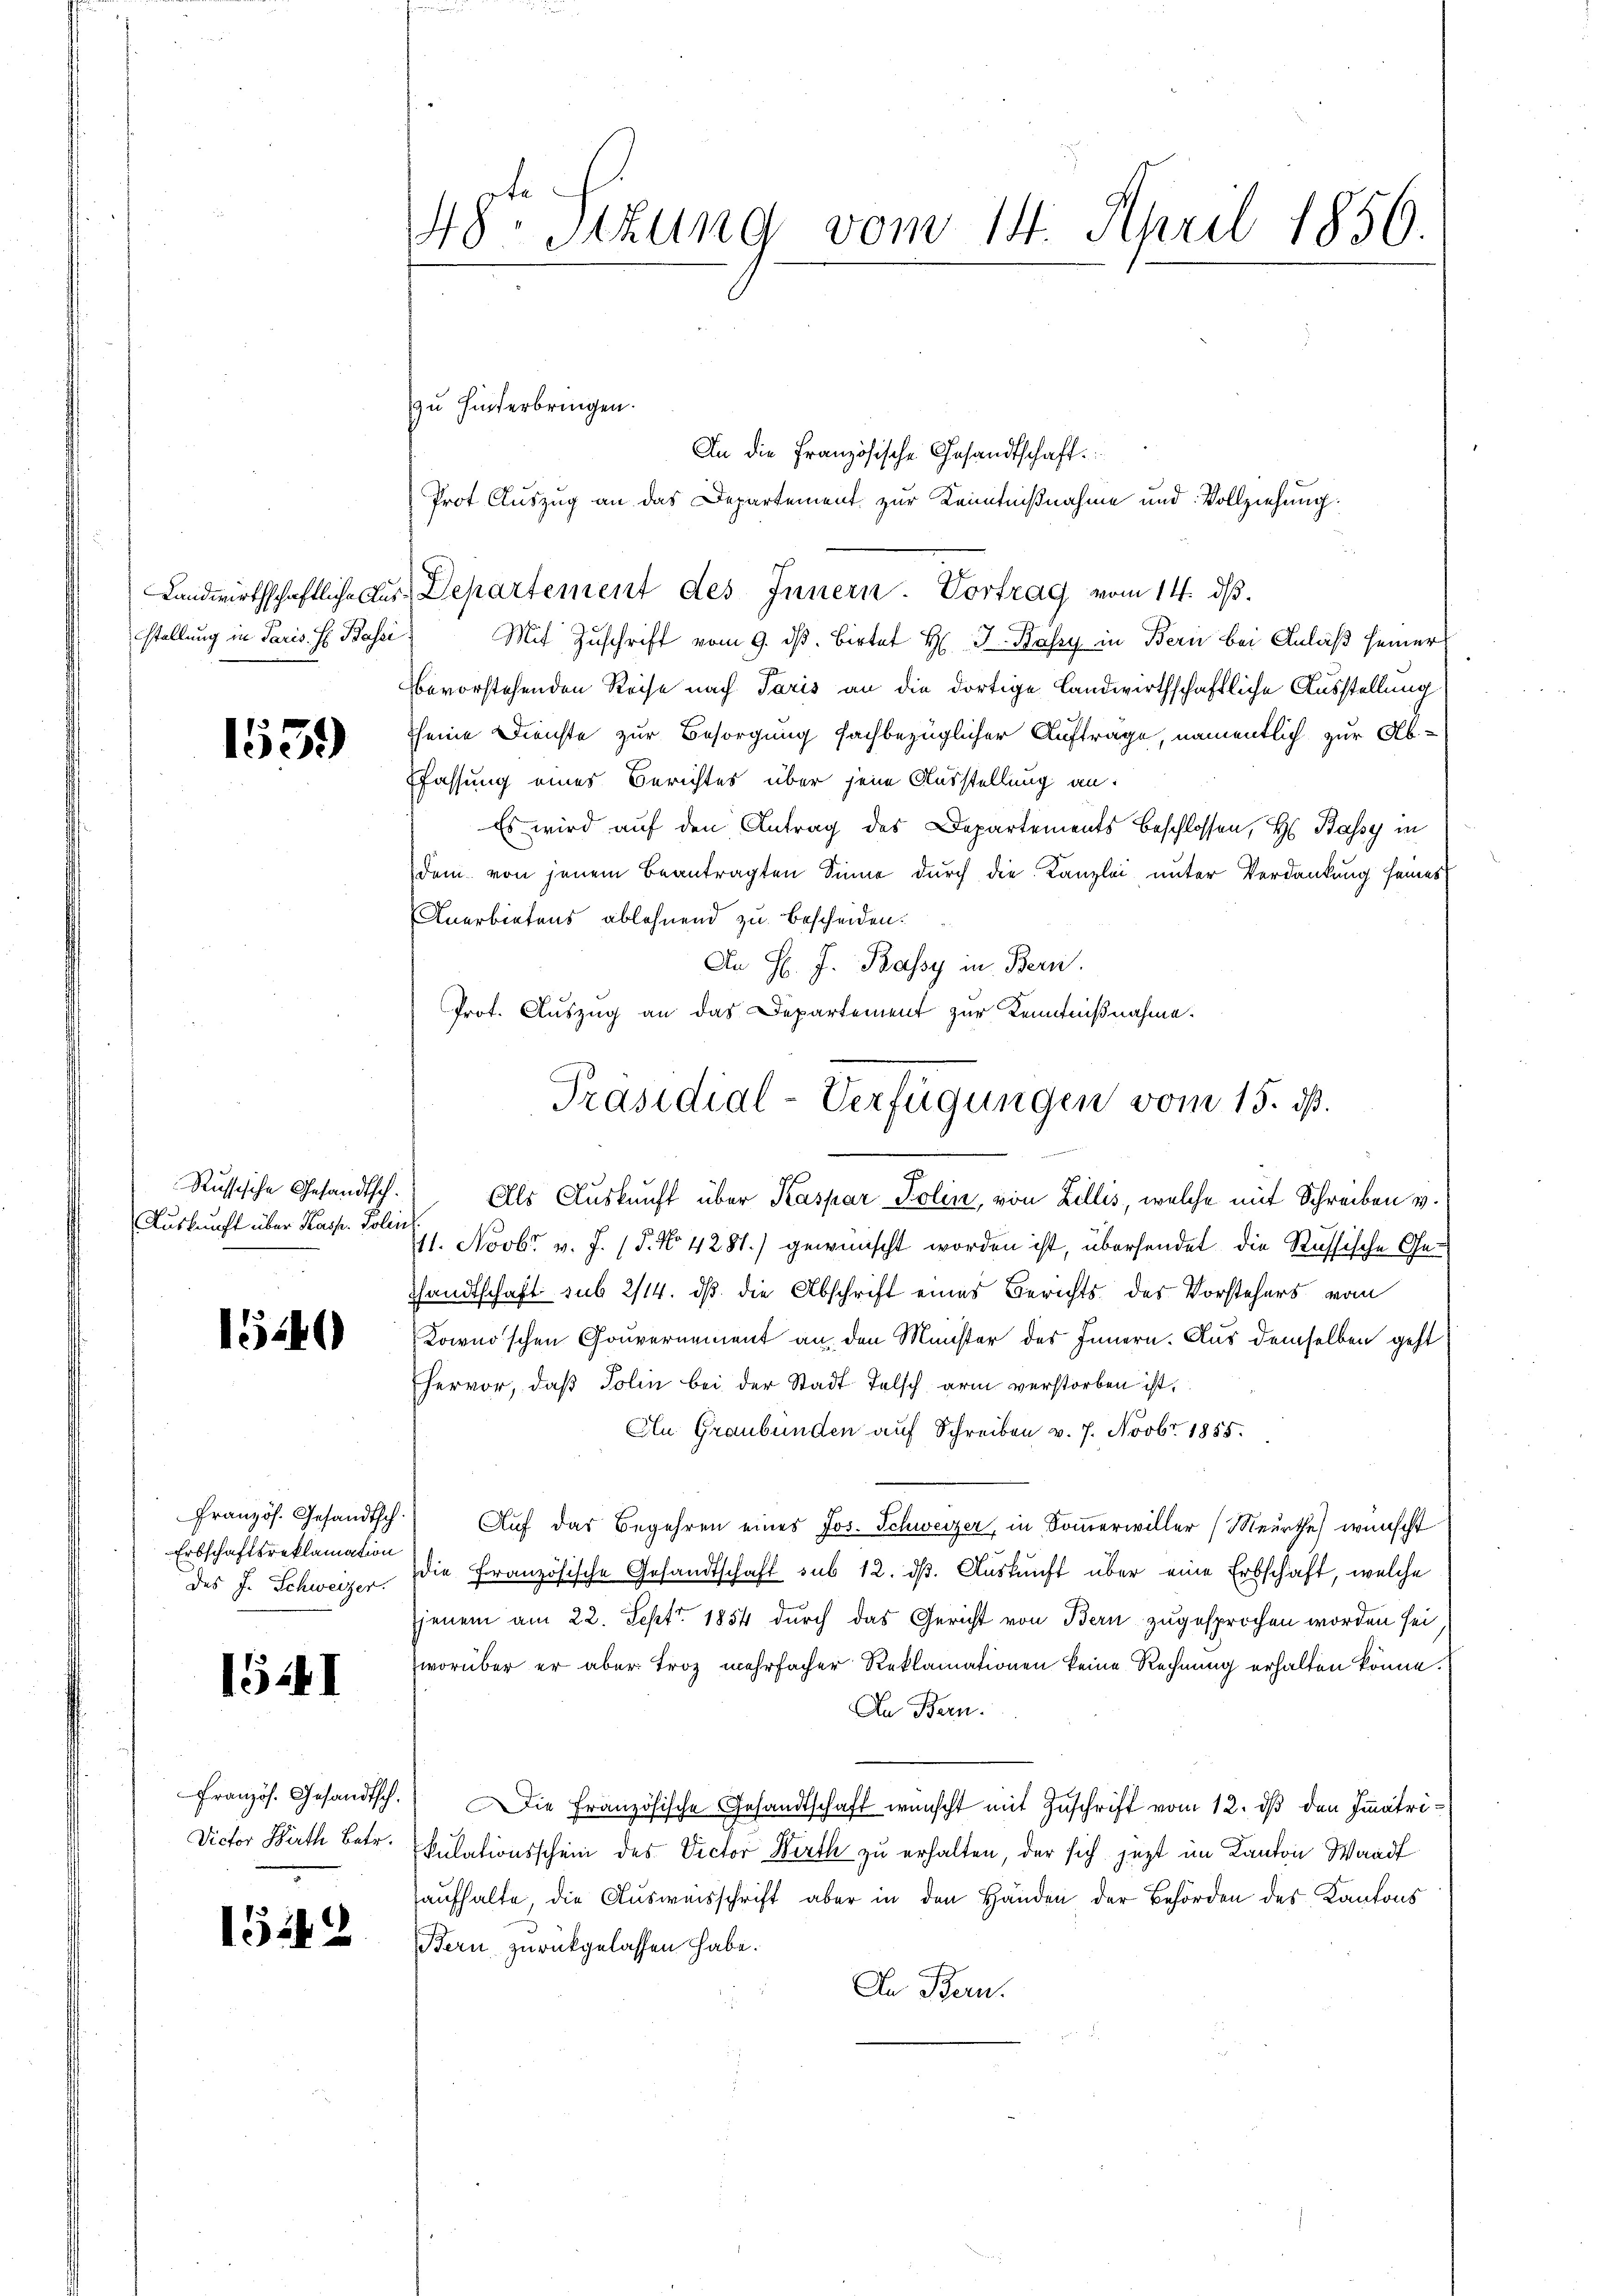
Landwirthschaftliche Ausstellung in Paris. H. Bassi

1559

Russische Gesandtsch.
Auskunft über Kasp. Polin

1549

Französ. Gesandtsch
Erbschaftsreklamation
des J. Schweizer.

1441

Französ. Gesandtsch.
Victor Wirth Betr.

1542

48. Stzung vom 14. April 1856.
.

zu hinterbringen.

An die Französische Gesandtschaft
Prot Auszug an das Departement zur Kenntnißnahme und Vollziehung.
Departement des Innern. Vortrag vom 14. ds.
Mit Zuschrift vom 9. dβ. Birter H. J. Kaszy in Bern bei Anlaß seiner
bevorstehenden Reise nach Paris an die dortige Landwirthschaftliche Ausstellung
seine Dienste zur Besorgung fachbezüglicher Auftrage, namentlich zur Abffassung eines Berichtes über jene Ausstellung an:
Es wird auf den Antrag des Departements beschlossen, H. Bassy in
dem von jenem beantragten Sinne durch die Kanzlei unter Verdankung seines
Anerbietens ablehnend zu bescheiden.
An H. J. Bassy in Bern.
Prot. Auszug an das Departement zur Kenntnißnahme.
Als Auskunft über Kaspar Kolin, von Zillis, welche mit Schreiben v.
111. Novbr. v. J. (§. No 4281.) gewünscht worden ist, übersendet die Russische Ge¬
Thandtschaft sub 2/14. dß die Abschrift eines Berichts des Vorstehers vom
Kowno'schen Gouvernement an, den Münster des Innern. Aus demselben geht
hervor, daß Tolin bei der Stadt falsch arm verstorben ist,
An Graubünden auf Schreiben v. 7. Novbr. 1855.
Auf das Begehren eines Jos. Schweizer, in Sommerwiller (Meurthe wünscht
die Französische Gesandtschaft sub 12. ds. Auskunft über eine Erbschaft, welche
jenem am 22. Sept. 1854 durch das Gericht von Bern zugesprochen worden sei
worüber er aber Troz mehrfacher Reklamationen keine Rechnung erhalten könne.
An Bern.
Die Französische Gesandtschaft wünscht mit Zuschrift vom 12. dβ den Immatrikulationsschein des Victor Berth zu erhalten, der sich jetzt im Kanton Wandf
aufhalte, die Ausweisschrift aber in den Händen der Behörden des Kantons
Bern zurückgelassen habe.
In Bern.

Präsidial-Verfügungen vom 15. dß.